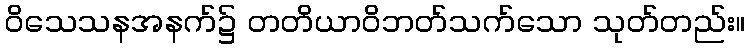
ဝိသေသနအနက်၌ တတိယာဝိဘတ်သက်သော သုတ်တည်း။